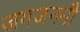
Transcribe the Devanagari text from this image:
जगजननी